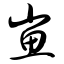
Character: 崽